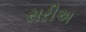
સરીઅ